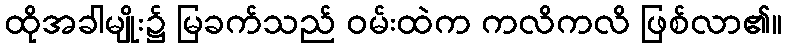
ထိုအခါမျိုး၌ မြခက်သည် ဝမ်းထဲက ကလိကလိ ဖြစ်လာ၏။